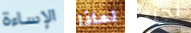
الإساءة لماذا لجزء